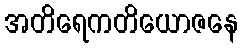
အတိရေကတိယောဇနေ